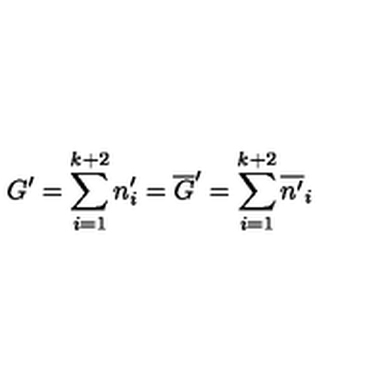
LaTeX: G ^ { \prime } = \sum _ { i = 1 } ^ { k + 2 } n _ { i } ^ { \prime } = \overline { { G } } ^ { \prime } = \sum _ { i = 1 } ^ { k + 2 } \overline { { n ^ { \prime } } } _ { i }